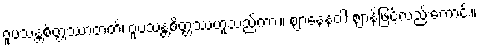
ဝူပသန္တစိတ္တဿာတတိ၊ ဝူပသန္တစိတ္တဿဟူသည်ကား။ ဈာနေနဝါ ဈာန်ဖြင့်လည်းကောင်း။